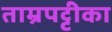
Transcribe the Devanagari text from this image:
ताम्रपट्टीका